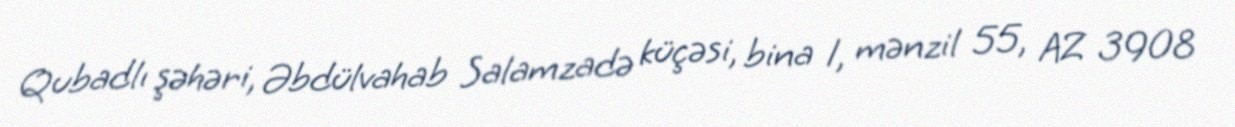
Qubadlı şəhəri, Əbdülvahab Salamzadə küçəsi, bina 1, mənzil 55, AZ 3908